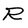
Character: R